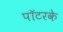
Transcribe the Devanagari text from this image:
पॉटरके